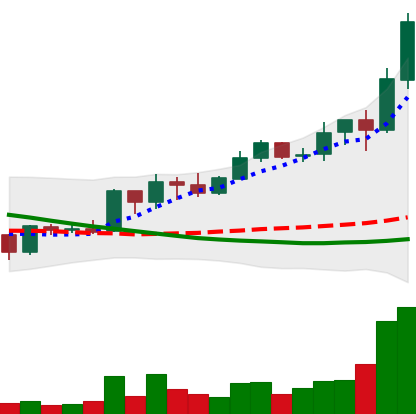
Ticker: ADA-USD
Chart end date: 2019-03-23
Forward return: 3.209%
Label: up_3_5